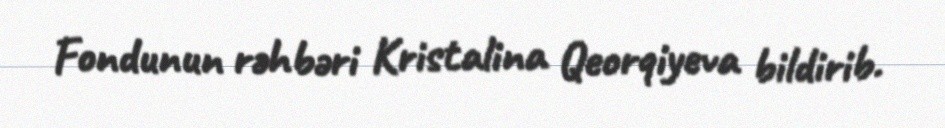
Fondunun rəhbəri Kristalina Qeorqiyeva bildirib.